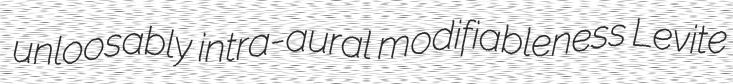
unloosably intra-aural modifiableness Levite